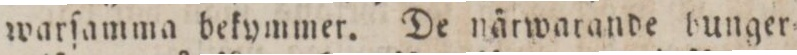
warſamma bekymmer. De närwatande bunger=